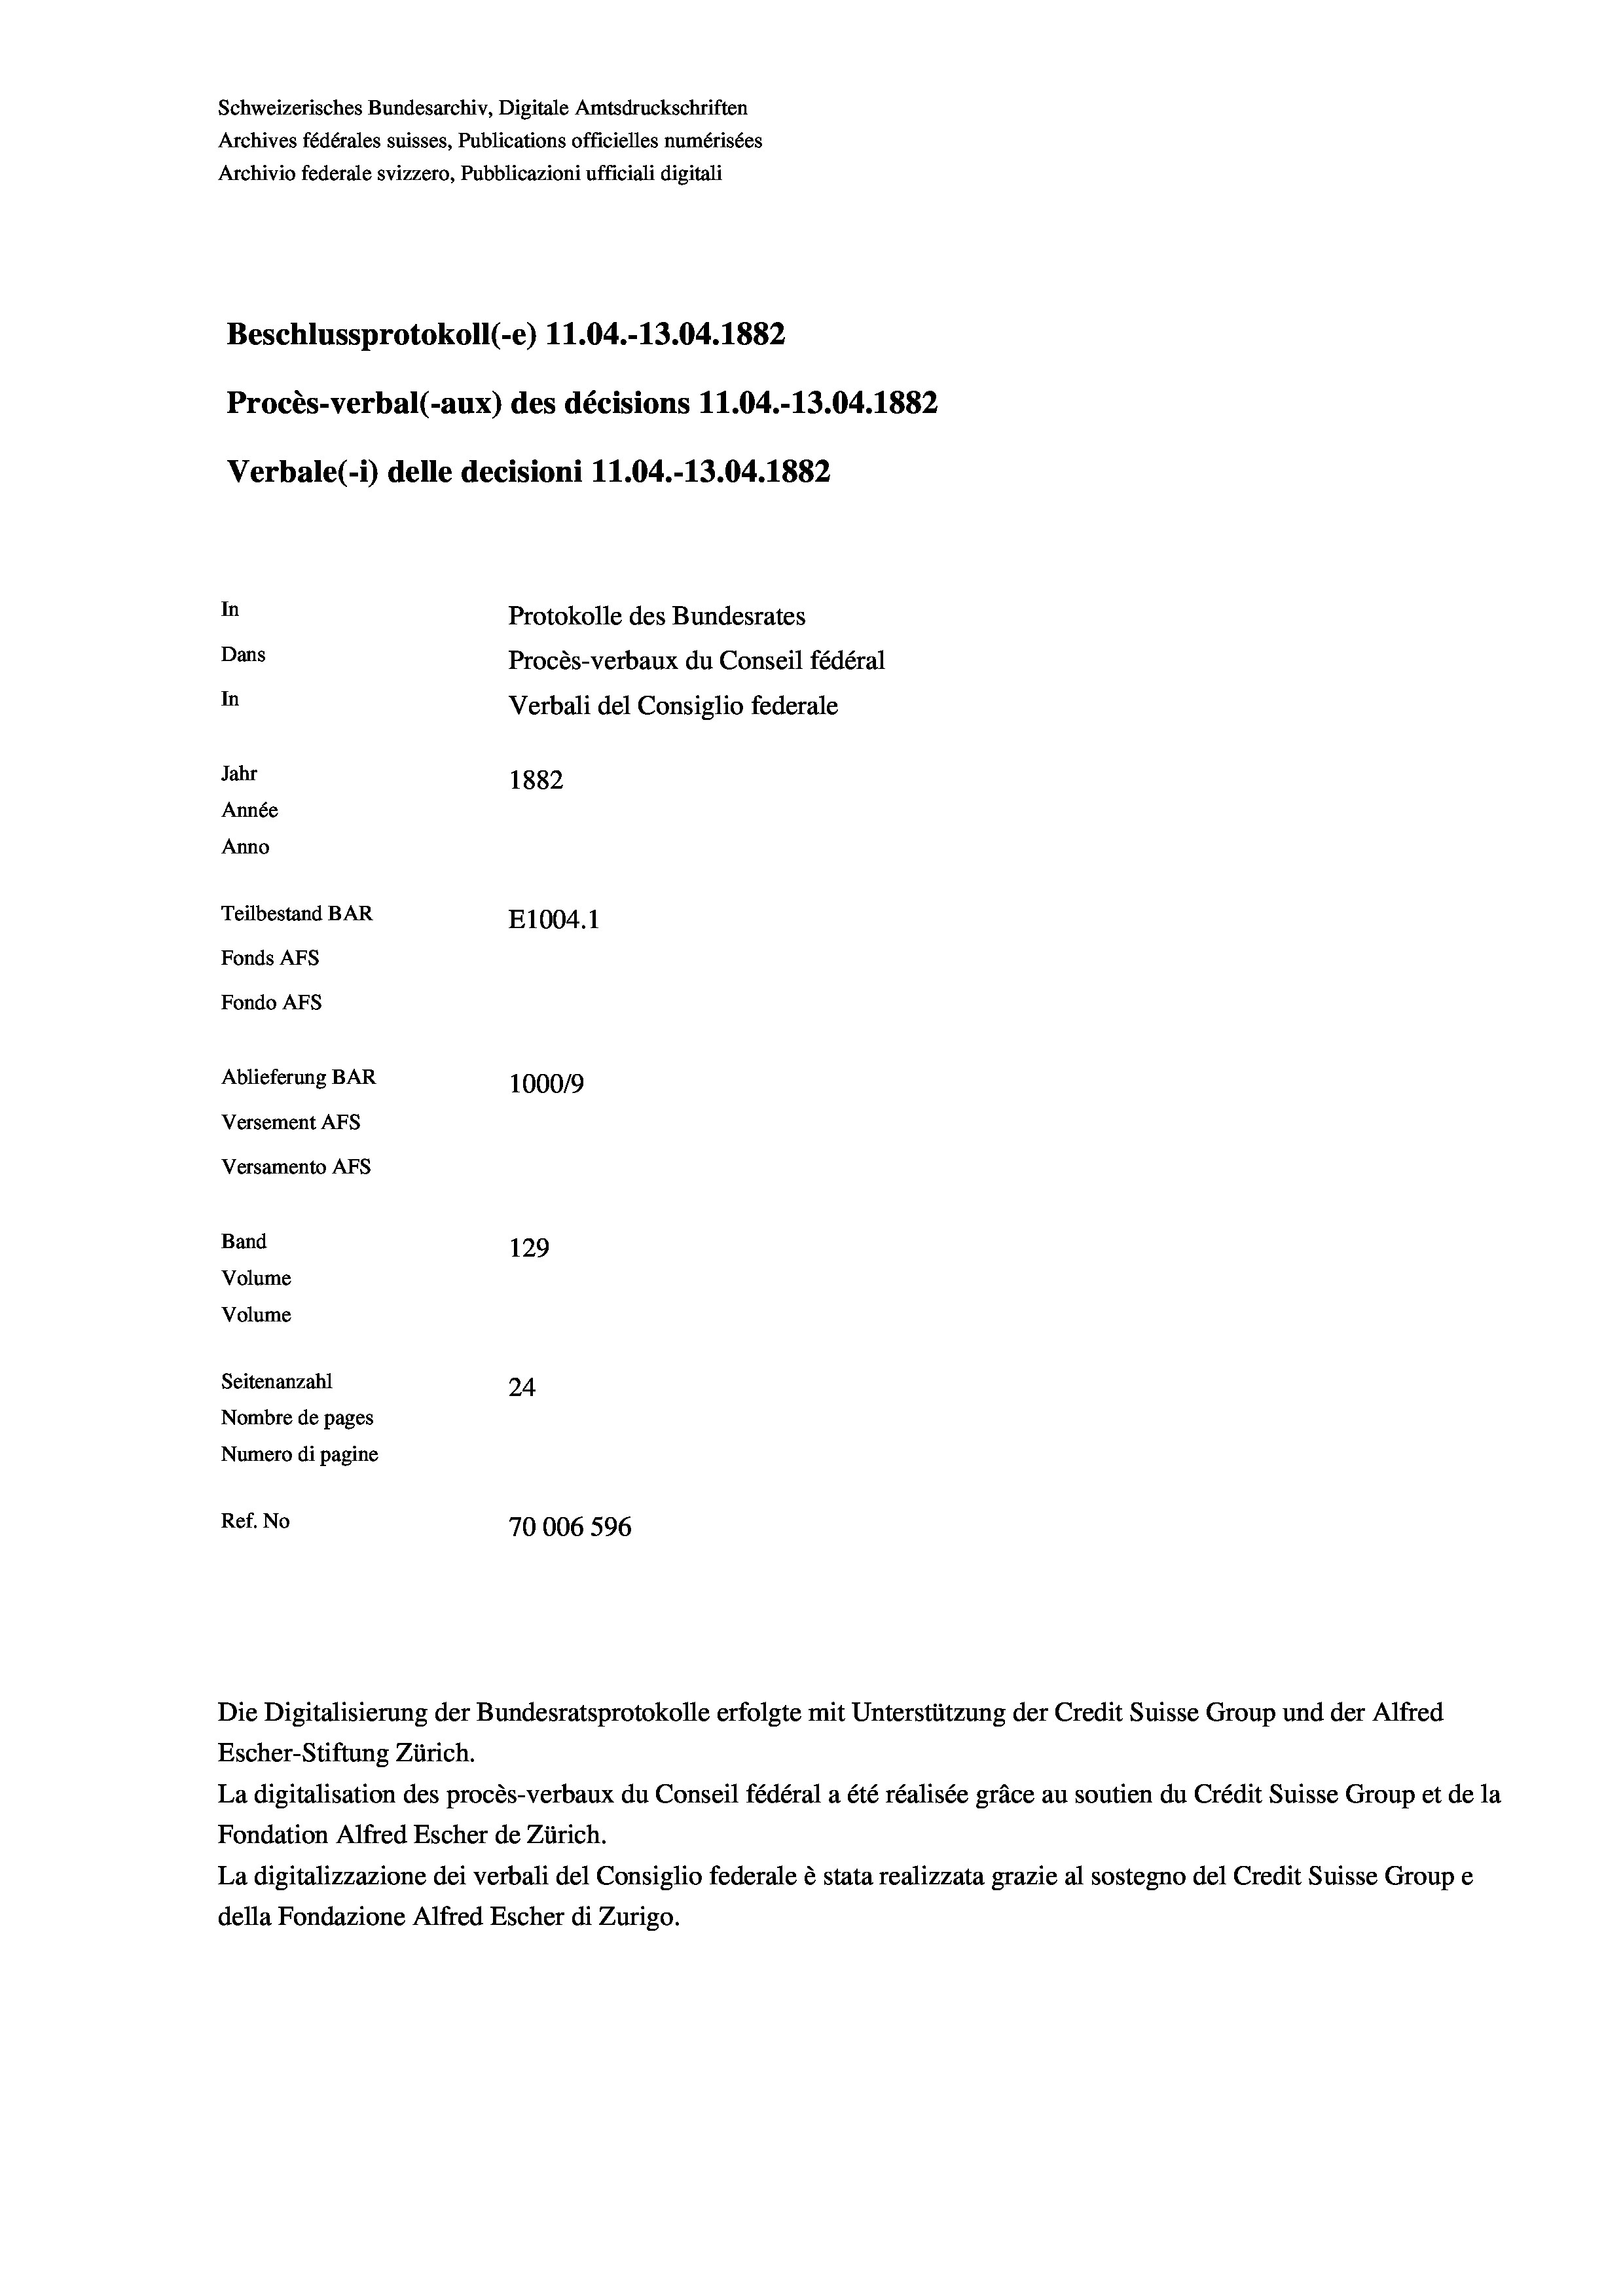
Schweizerisches Bundesarchiv, Digitale Amtsdruckschriften
Archives fédérales suisses, Publications officielles numérisées
Archivio federale svizzero, Pubblicazioni ufficiali digitali
Beschlussprotokoll (-e) 11.04.-13.04. 1882
Procès-verbal (-aux) des décisions 11.04.-13.04. 1882
Verbale (i) delle decisioni 11.04.-13.04. 1882
In
Protokolle des Bundesrates
Dans
Procès-verbaux du Conseil fédéral
In
Verbali del Consiglio federale
Jahr
1882
Année
Anno
Teilbestand BAR
E1004. 1
Fonds AFs
Fondo Afs
Ablieferung BAR
100019
Versement AFs
Versamento Afs

129
Seitenanzahl
24
Nombre de pages
Numero di pagine
Ref. No
70006 596

Band
Volume
Volume

Escher-Stiftung Zürich.
La digitalisation des procès-verbaux du Conseil fédéral a été réalisée gräce au soutien du Crédit Suisse Group et de la
Fondation Alfred Escher de Zürich.
La digitalizzazione dei verbali del Consiglio federale è stata realizzata grazie al sostegno del Credit Suisse Groupe
della Fondazione Alfred Escher di Zurigo.

Die Digitalisierung der Bundesratsprotokolle erfolgte mit Unterstützung der Credit Suisse Group und der Alfred